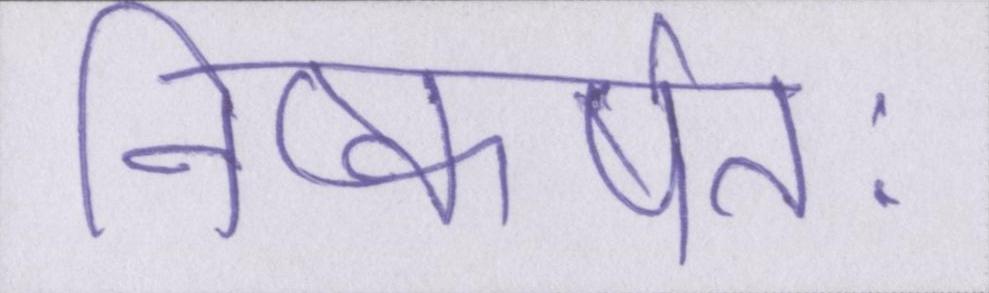
निष्कर्षतः